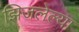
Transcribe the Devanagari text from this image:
झिजलेल्या